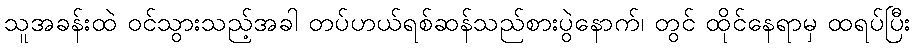
သူအခန်းထဲ ဝင်သွားသည့်အခါ တပ်ဟယ်ရစ်ဆန်သည်စားပွဲနောက်၊ တွင် ထိုင်နေရာမှ ထရပ်ပြီး